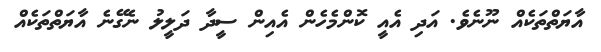
އާޔަތްތަކެއް ނޫނެވެ. އަދި އެއީ ކޮންމެހެން އެއިން ސީދާ ދަލީލު ނެގޭނެ އާޔަތްތަކެއް